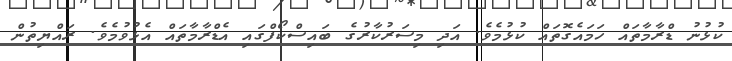
ކުޅުނު ޑްރާމާތައް ހަމައެގޮތައް ކުޅުމެވެ. އަދި މިސަރުކާރުގެ ބައިސްކޯފްގައި އެޑްރާމާތައް އެޅުވުމެވެ. ރައްޔިތުން